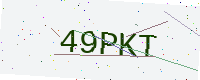
Text: 49PKT